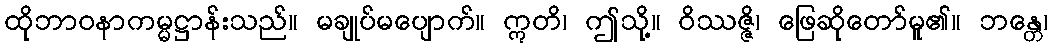
ထိုဘာဝနာကမ္မဋ္ဌာန်းသည်။ မချုပ်မပျောက်။ ဣတိ၊ ဤသို့။ ဝိဿဇ္ဇိ၊ ဖြေဆိုတော်မူ၏။ ဘန္တေ၊